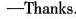
-Thanks.